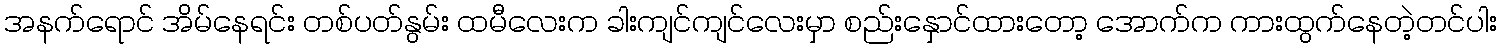
အနက်ရောင် အိမ်နေရင်း တစ်ပတ်နွမ်း ထမီလေးက ခါးကျင်ကျင်လေးမှာ စည်းနှောင်ထားတော့ အောက်က ကားထွက်နေတဲ့တင်ပါး